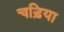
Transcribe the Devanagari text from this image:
चड़िया